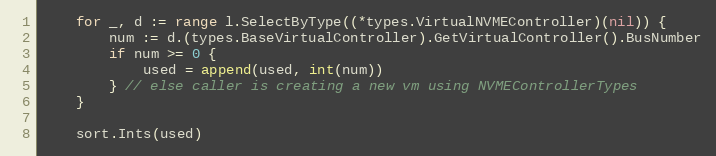
Language: Go
	for _, d := range l.SelectByType((*types.VirtualNVMEController)(nil)) {
		num := d.(types.BaseVirtualController).GetVirtualController().BusNumber
		if num >= 0 {
			used = append(used, int(num))
		} // else caller is creating a new vm using NVMEControllerTypes
	}

	sort.Ints(used)